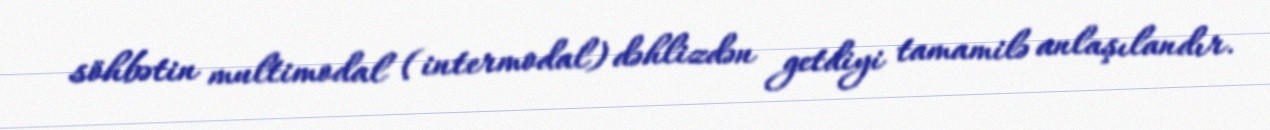
söhbətin multimodal (intermodal) dəhlizdən getdiyi tamamilə anlaşılandır.